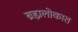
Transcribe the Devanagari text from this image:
ब्रह्मलोकात